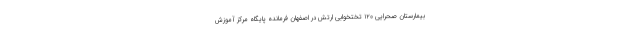
بیمارستان صحرایی ۱۲۰ تختخوابی ارتش در اصفهان فرمانده پایگاه مرکز آموزش